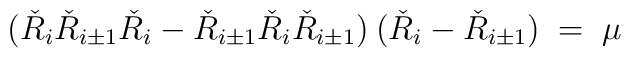
(\check{R}_{i}\check{R}_{i\pm1}\check{R}_{i} - \check{R}_{i\pm1}\check{R}_{i}\check{R}_{i\pm1}) \:(\check{R}_{i}-\check{R}_{i\pm1}) \;=\; \mu